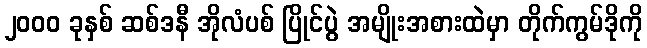
၂၀၀၀ ခုနှစ် ဆစ်ဒနီ အိုလံပစ် ပြိုင်ပွဲ အမျိုးအစားထဲမှာ တိုက်ကွမ်ဒိုကို